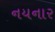
નયનાર